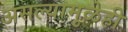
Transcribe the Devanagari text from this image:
असल्यामुळेही